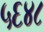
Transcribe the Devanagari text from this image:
५६४८